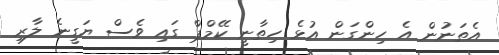
އެތަނުން އެ ހިންގަން އުޅެ ހިތާނީ ކޭމްޕް ގައި ވެސް ޔަގީނެ ލާރި